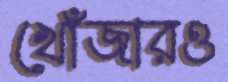
খোঁজারও